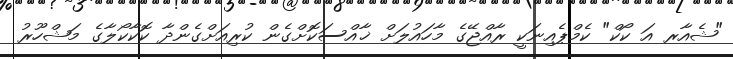
"ޝެއާރ އަ ކޯކް" ކެމްޕެއިނަކީ ރާއްޖޭގެ މާހައުލަށް ޚާއްސަކޮށްގެން ކުރިއަށްގެންދާ ކޮކާކޯލާގެ މަޝްހޫރު